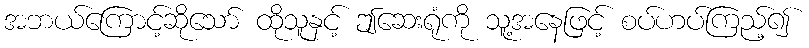
အဘယ်ကြောင့်ဆိုသော် ထိုသူနှင့် ဤဆေးရုံကို သူ့အနေဖြင့် စပ်ဟပ်ကြည့်၍